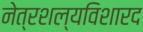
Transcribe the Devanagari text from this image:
नेत्रशल्यविशारद